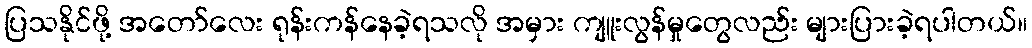
ပြသနိုင်ဖို့ အတော်လေး ရုန်းကန်နေခဲ့ရသလို အမှား ကျူးလွန်မှုတွေလည်း များပြားခဲ့ရပါတယ်။